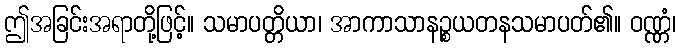
ဤအခြင်းအရာတို့ဖြင့်။ သမာပတ္တိယာ၊ အာကာသာနဉ္စယတနသမာပတ်၏။ ဝဏ္ဏံ၊